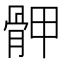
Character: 𩨹